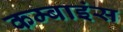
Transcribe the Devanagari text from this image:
कम्बाइंस